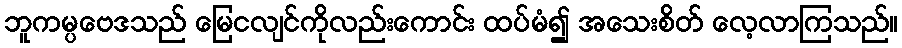
ဘူကမ္ပဗေဒသည် မြေငလျင်ကိုလည်းကောင်း ထပ်မံ၍ အသေးစိတ် လေ့လာကြသည်။